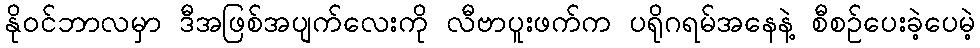
နိုဝင်ဘာလမှာ ဒီအဖြစ်အပျက်လေးကို လီဗာပူးဖက်က ပရိုဂရမ်အနေနဲ့ စီစဉ်ပေးခဲ့ပေမဲ့